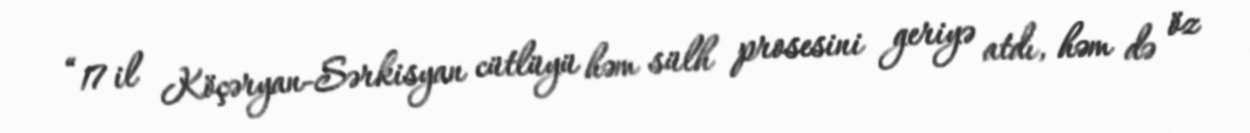
“17 il Köçəryan-Sərkisyan cütlüyü həm sülh prosesini geriyə atdı, həm də öz